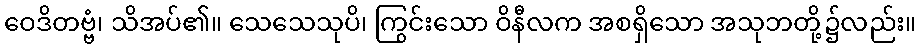
ဝေဒိတဗ္ဗံ၊ သိအပ်၏။ သေသေသုပိ၊ ကြွင်းသော ဝိနီလက အစရှိသော အသုဘတို့၌လည်း။